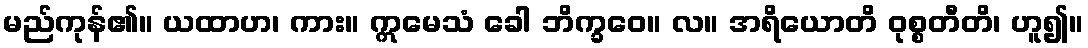
မည်ကုန်၏။ ယထာဟ၊ ကား။ ဣမေသံ ခေါ ဘိက္ခဝေ။ လ။ အရိယောတိ ဝုစ္စတီတိ၊ ဟူ၍။